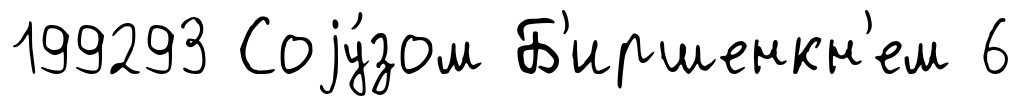
199293 Соjу́зом Б'иршенкн'ем 6